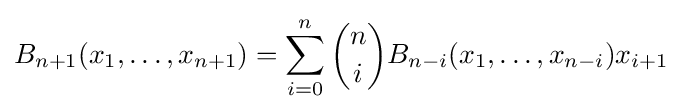
B_{n+1}(x_{1},\ldots ,x_{n+1})=\sum _{i=0}^{n}{n \choose i}B_{n-i}(x_{1},\ldots ,x_{n-i})x_{i+1}